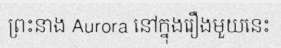
ព្រះនាង Aurora នៅក្នុងរឿងមួយនេះ